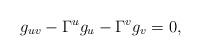
LaTeX: \begin{align*}g_{uv}-\Gamma^ug_u-\Gamma^vg_v=0,\end{align*}